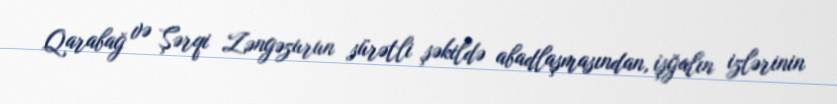
Qarabağ və Şərqi Zəngəzurun sürətli şəkildə abadlaşmasından, işğalın izlərinin